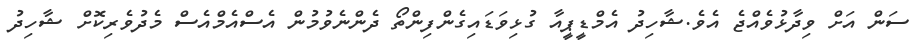
ސަން އަށް ވިދާޅުވެއްޖެ އެވެ.ޝާހިދު އެމްޑީޕީއާ ގުޅިވަޑައިގެންފިންތޯ ދެންނެވުމުން އެސްއެމްއެސް މެދުވެރިކޮށް ޝާހިދު